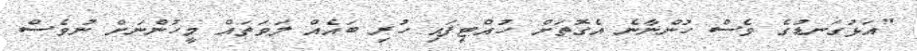
"އަޅުގަނޑުގެ ވެސް ހުންނާނެ އެގޮތަށް ހުއްޓިފައި ހުރި ބައެއް ލަވަތައް މީހުންނަށް ނުވެސް